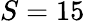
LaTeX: S=15